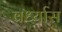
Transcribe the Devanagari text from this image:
वर्ध्यास